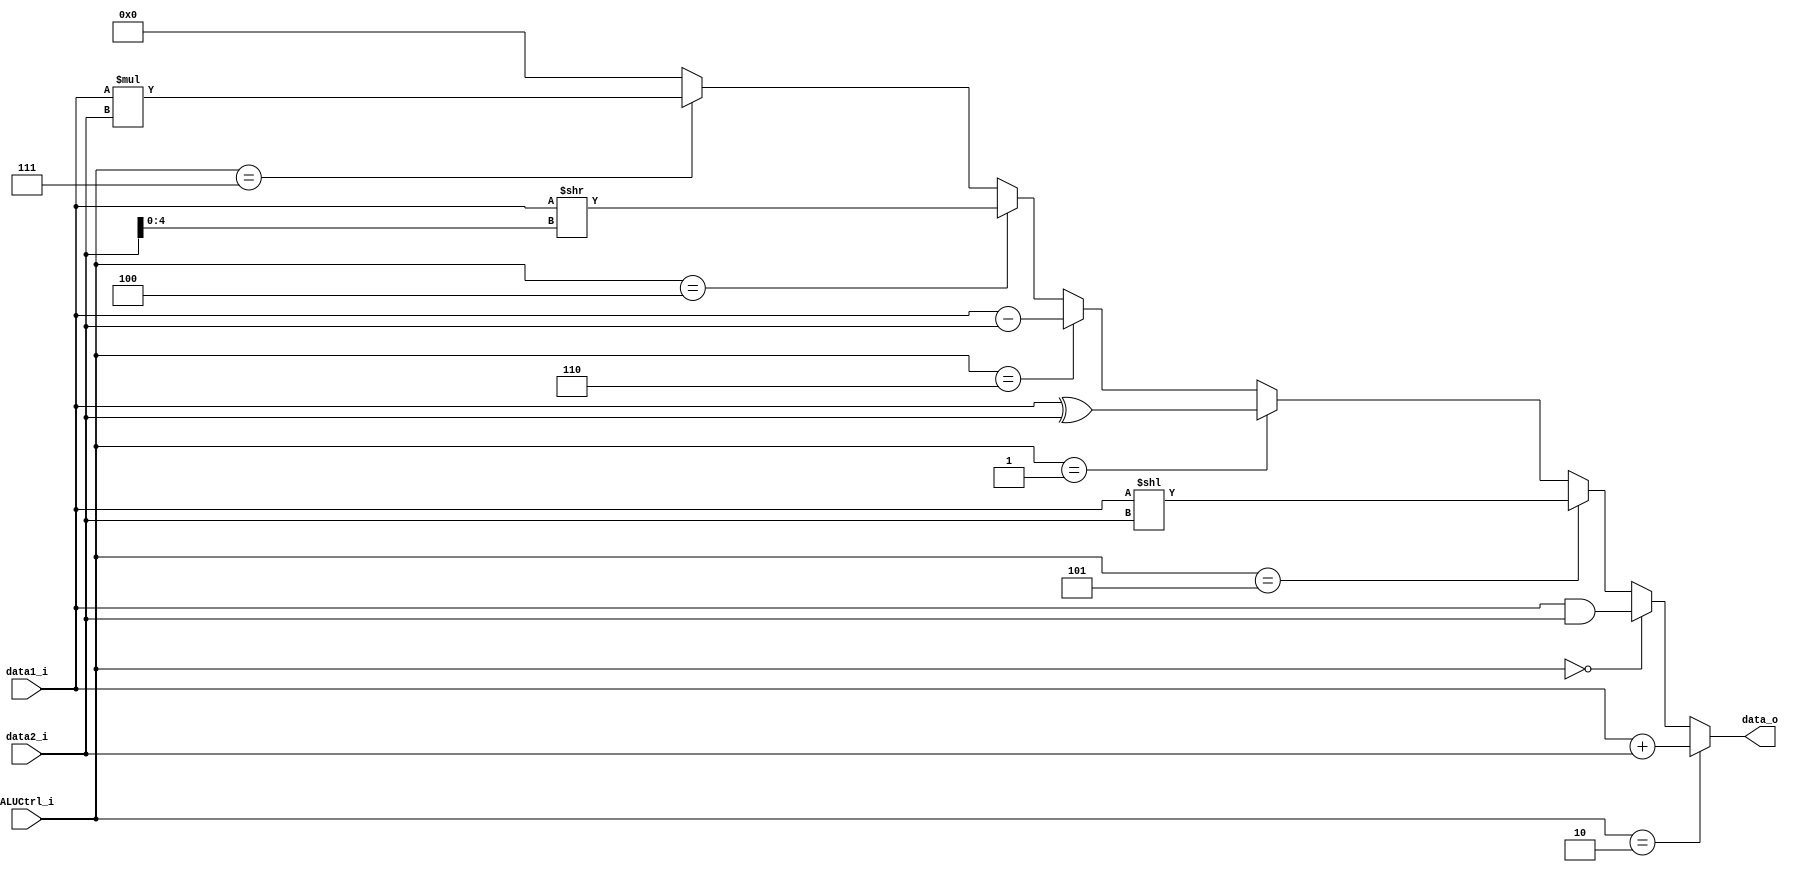
module ALU(
    data1_i,
    data2_i,
    ALUCtrl_i,
    data_o,
);
input   [31:0]  data1_i;
input   [31:0]  data2_i;
input   [3:0]   ALUCtrl_i;
output  [31:0]  data_o;
assign	data_o = (ALUCtrl_i == 4'b0010)?	data1_i + data2_i : //add addi ld sd
				 (ALUCtrl_i == 4'b0000)?	data1_i & data2_i : //and
				 (ALUCtrl_i == 4'b0101)?	data1_i << data2_i : //sll
                 (ALUCtrl_i == 4'b0001)?	data1_i ^ data2_i : //xor
                 (ALUCtrl_i == 4'b0110)?	data1_i - data2_i : //sub
				 (ALUCtrl_i == 4'b0100)?	data1_i >> data2_i[4:0] : //srai
				 (ALUCtrl_i == 4'b0111)?	data1_i * data2_i : //mul

				 32'd0;

endmodule